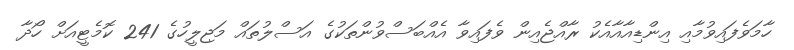
ހާމަވެފައިވުމާއި އިންޑިއާއާއެކު ރާއްޖެއިން ވެފައިވާ އެއްބަސްވުންތަކުގެ އަސްލުތައް މަޖިލީހުގެ 241 ކޮމެޓީއަށް ހޯދާ